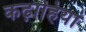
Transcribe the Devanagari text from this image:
कढ़ाहियां